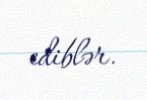
ediblər.